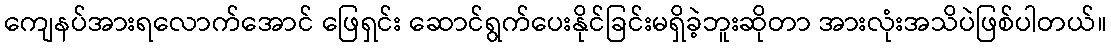
ကျေနပ်အားရလောက်အောင် ဖြေရှင်း ဆောင်ရွက်ပေးနိုင်ခြင်းမရှိခဲ့ဘူးဆိုတာ အားလုံးအသိပဲဖြစ်ပါတယ်။